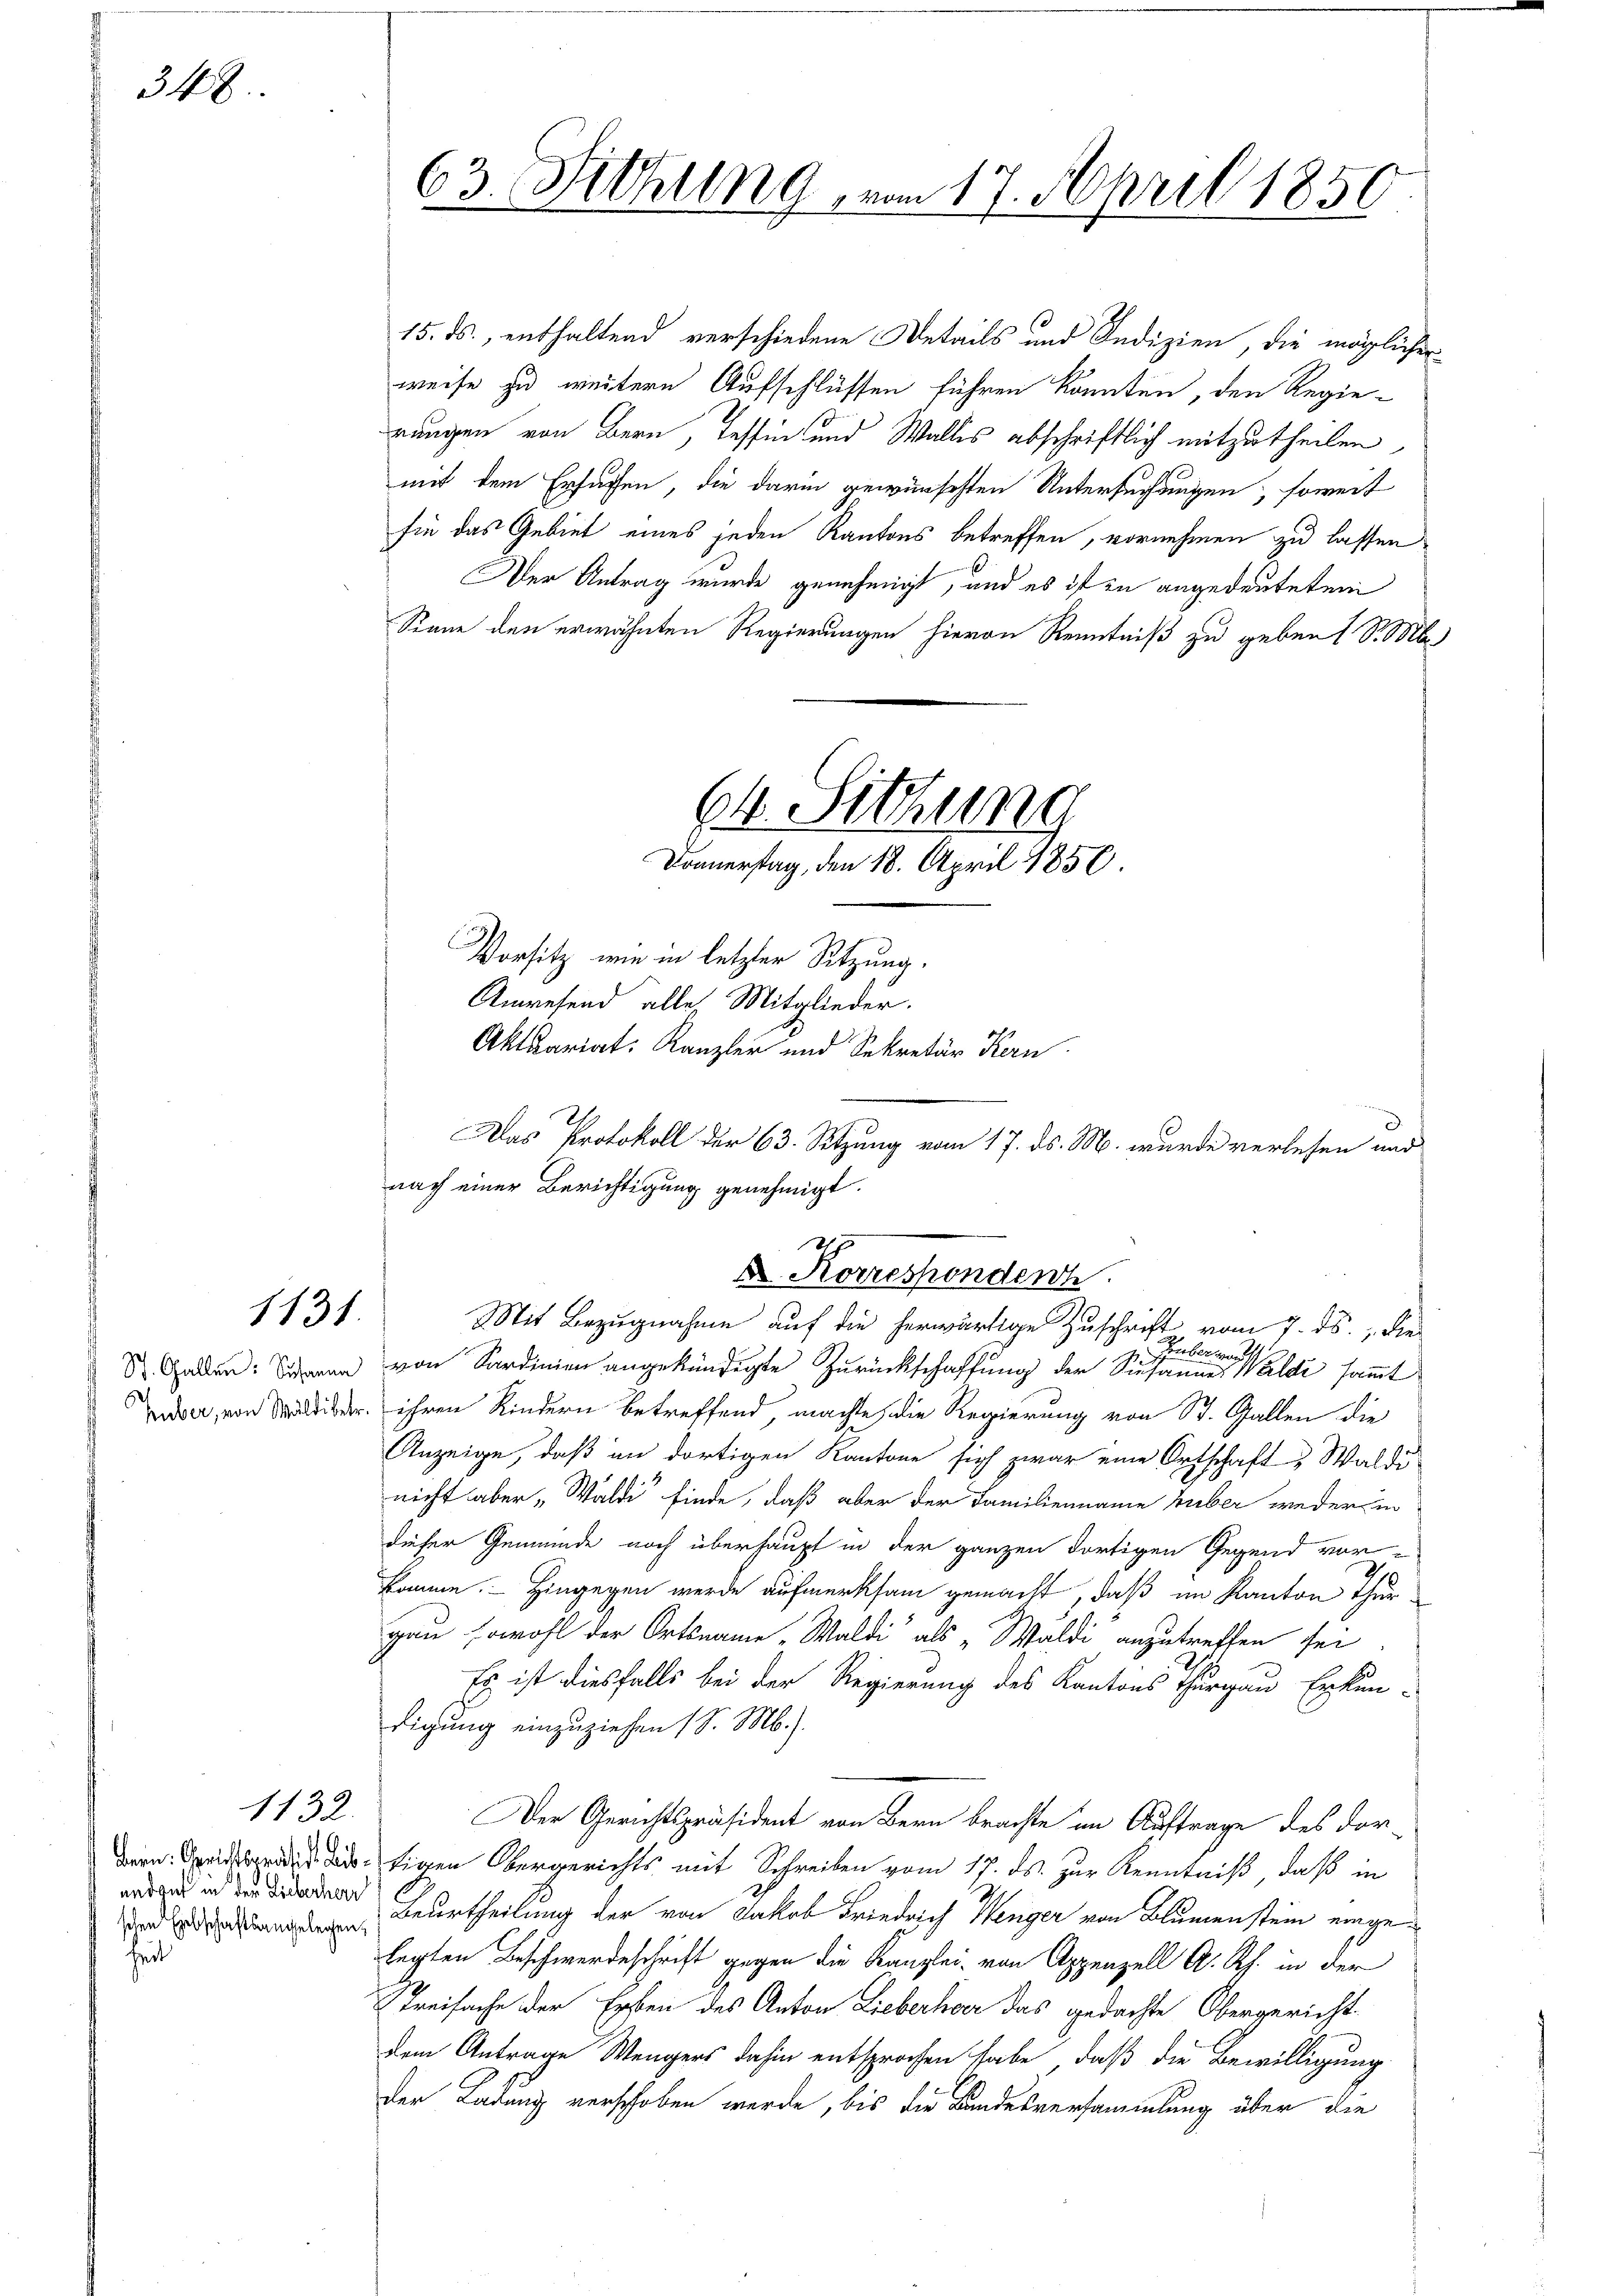
348

schen Erbschaftsangelegenheit

1131.

1132.

15. ds., enthaltend verschiedene Details und Indizien, die möglicher
weise zu weitern Aufschlüssen führen könnten, den Regierangen von Bern, Tessin und Wallis abschriftlich mitzutheilen,
mit dem Erhaffen, die darin gewünschten Untersuchungen, soweit
sie das Gebiet eines jeden Kantons betreffen, vornehmen zu lassen
Der Antrag wurde genehmigt, und es ist zu angedeuteten
Sinne den erwähnten Regierungen hievon Kenntniß zu geben 1 S. b
64. Sitzung
Donnerstag, den 18. April 1850.
Vorsitz wie in letzter Sitzung.
Anwesend alle, Mitglieder.
Aktuariat. Kanzler und Sekretär Kern
Das Protokoll der 63. Sitzung vom 17. ds. M. wurde verlesen und
nach einer Berichtigung genehmigt.

63. Rithung, vom 17. April 1850

Korresponder
Mit Bezugnahme auf die herwärtige Zuschrift vom 7. ds., die

.
ber.
von 1
S. Gallen: Wenn von Sardinien angekündigte Zurückschaffung der Siehannes Walde samt
, von die ihren Kindern betreffend, machte, die Regierung von St. Gallen die
Anzeige, daß in dortigen Kantone sich zwar eine Ortschaft & Waldu
nicht aber „Wäldi“ finde, daß aber der Familienname hieber weder in
dieser Gemeinde noch überhaupt in der ganzen dortigen Gegend vor-
komme. — Hingegen werde aufmerksam gemacht, daß im Kanton Thur
gau sowohl der Ortsname „Waldi als „Waldi anzutreffen sei
Es ist diesfalls bei der Regierung des Kantons Thurgau, Erkun-
digung einzuziehen (S. M.).
Der Gerichtspräsident von Bern brachte im Auftrage des dortigen Obergerichts mit Schreiben vom 17. ds. zur Kenntniß, daß in
 in der oder Zurtheilung der von Jakob Friedrich Wenger von Blumenstein eingelegten Beschwerdeschrift gegen die Kanzlei, von Appenzell A. Rh. in der
Streifache der Erben des Anton Lieberhar das gedachte Obergericht
dem Antrage Wengers dahin entsprochen habe, daß die Bewilligung
der Ladung verschoben werde, bis die Bandesversammlung über die